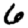
Digit: 6